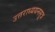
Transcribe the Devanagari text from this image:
उत्तराध्ययनसूत्र